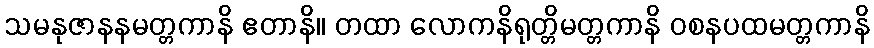
သမနုဇာနနမတ္တကာနိ ဧတာနိ။ တထာ လောကနိရုတ္တိမတ္တကာနိ ဝစနပထမတ္တကာနိ